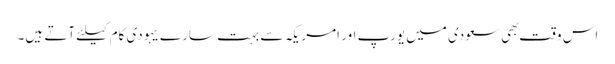
اس وقت بهی سعودی میں یورپ اور امریکہ سے بہت سارے یہودی کام کیلئے آتے ہیں۔